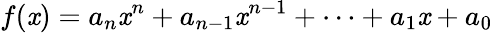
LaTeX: f(\mathit{x})=a_{n}\mathit{x}^{n}+a_{n-1}\mathit{x}^{n-1}+\cdots+a_{1}\mathit{x}+a_{0}